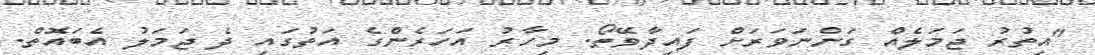
"އިތުރު ޖަމަލެއް ގަންނަވަރަށް ފައިދާވޭތޯ. މިހާރު އަހަރެންގެ އަތުގައި ދެ ޖަމަލު އެބައޮތް.